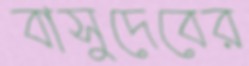
বাসুদেবের